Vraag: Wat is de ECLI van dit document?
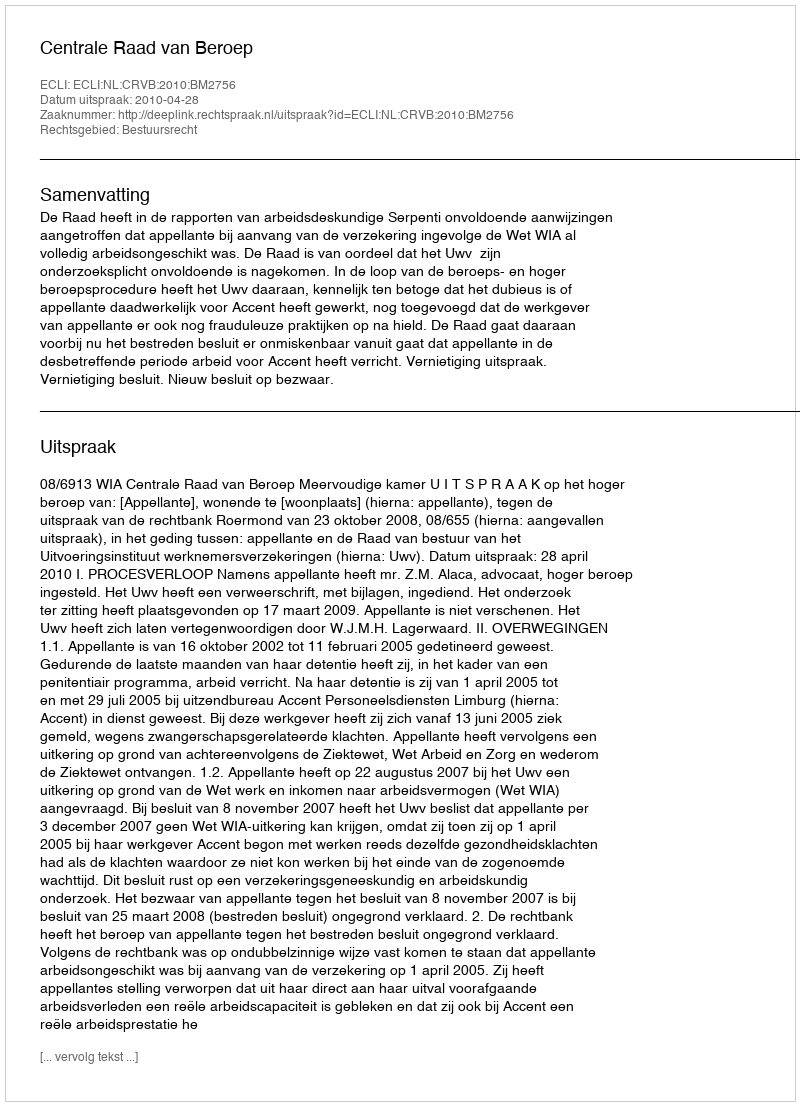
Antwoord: ECLI:NL:CRVB:2010:BM2756